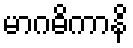
မာဂဓိကာနိ